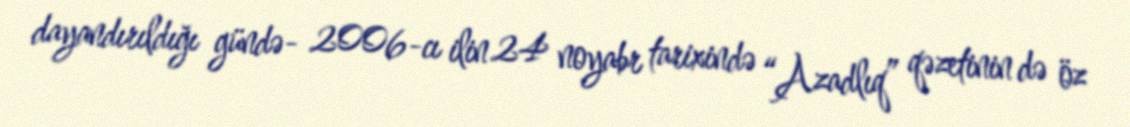
dayandırıldığı gündə- 2006-cı ilin 24 noyabr tarixində “Azadlıq” qəzetinin də öz